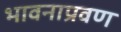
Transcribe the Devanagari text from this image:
भावनाप्रवण